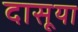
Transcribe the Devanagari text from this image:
दासूया